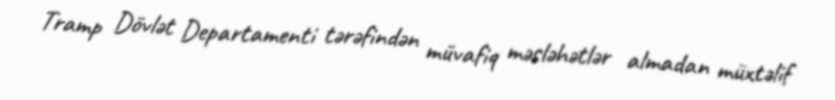
Tramp Dövlət Departamenti tərəfindən müvafiq məsləhətlər almadan müxtəlif